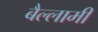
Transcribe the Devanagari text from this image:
बैल्लामी